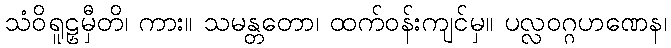
သံဝိရူဠှမှီတိ၊ ကား။ သမန္တတော၊ ထက်ဝန်းကျင်မှ။ ပလ္လဝဂ္ဂဟဏေန၊